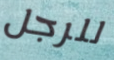
للرجل